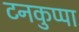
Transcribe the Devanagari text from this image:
टनकुप्पा